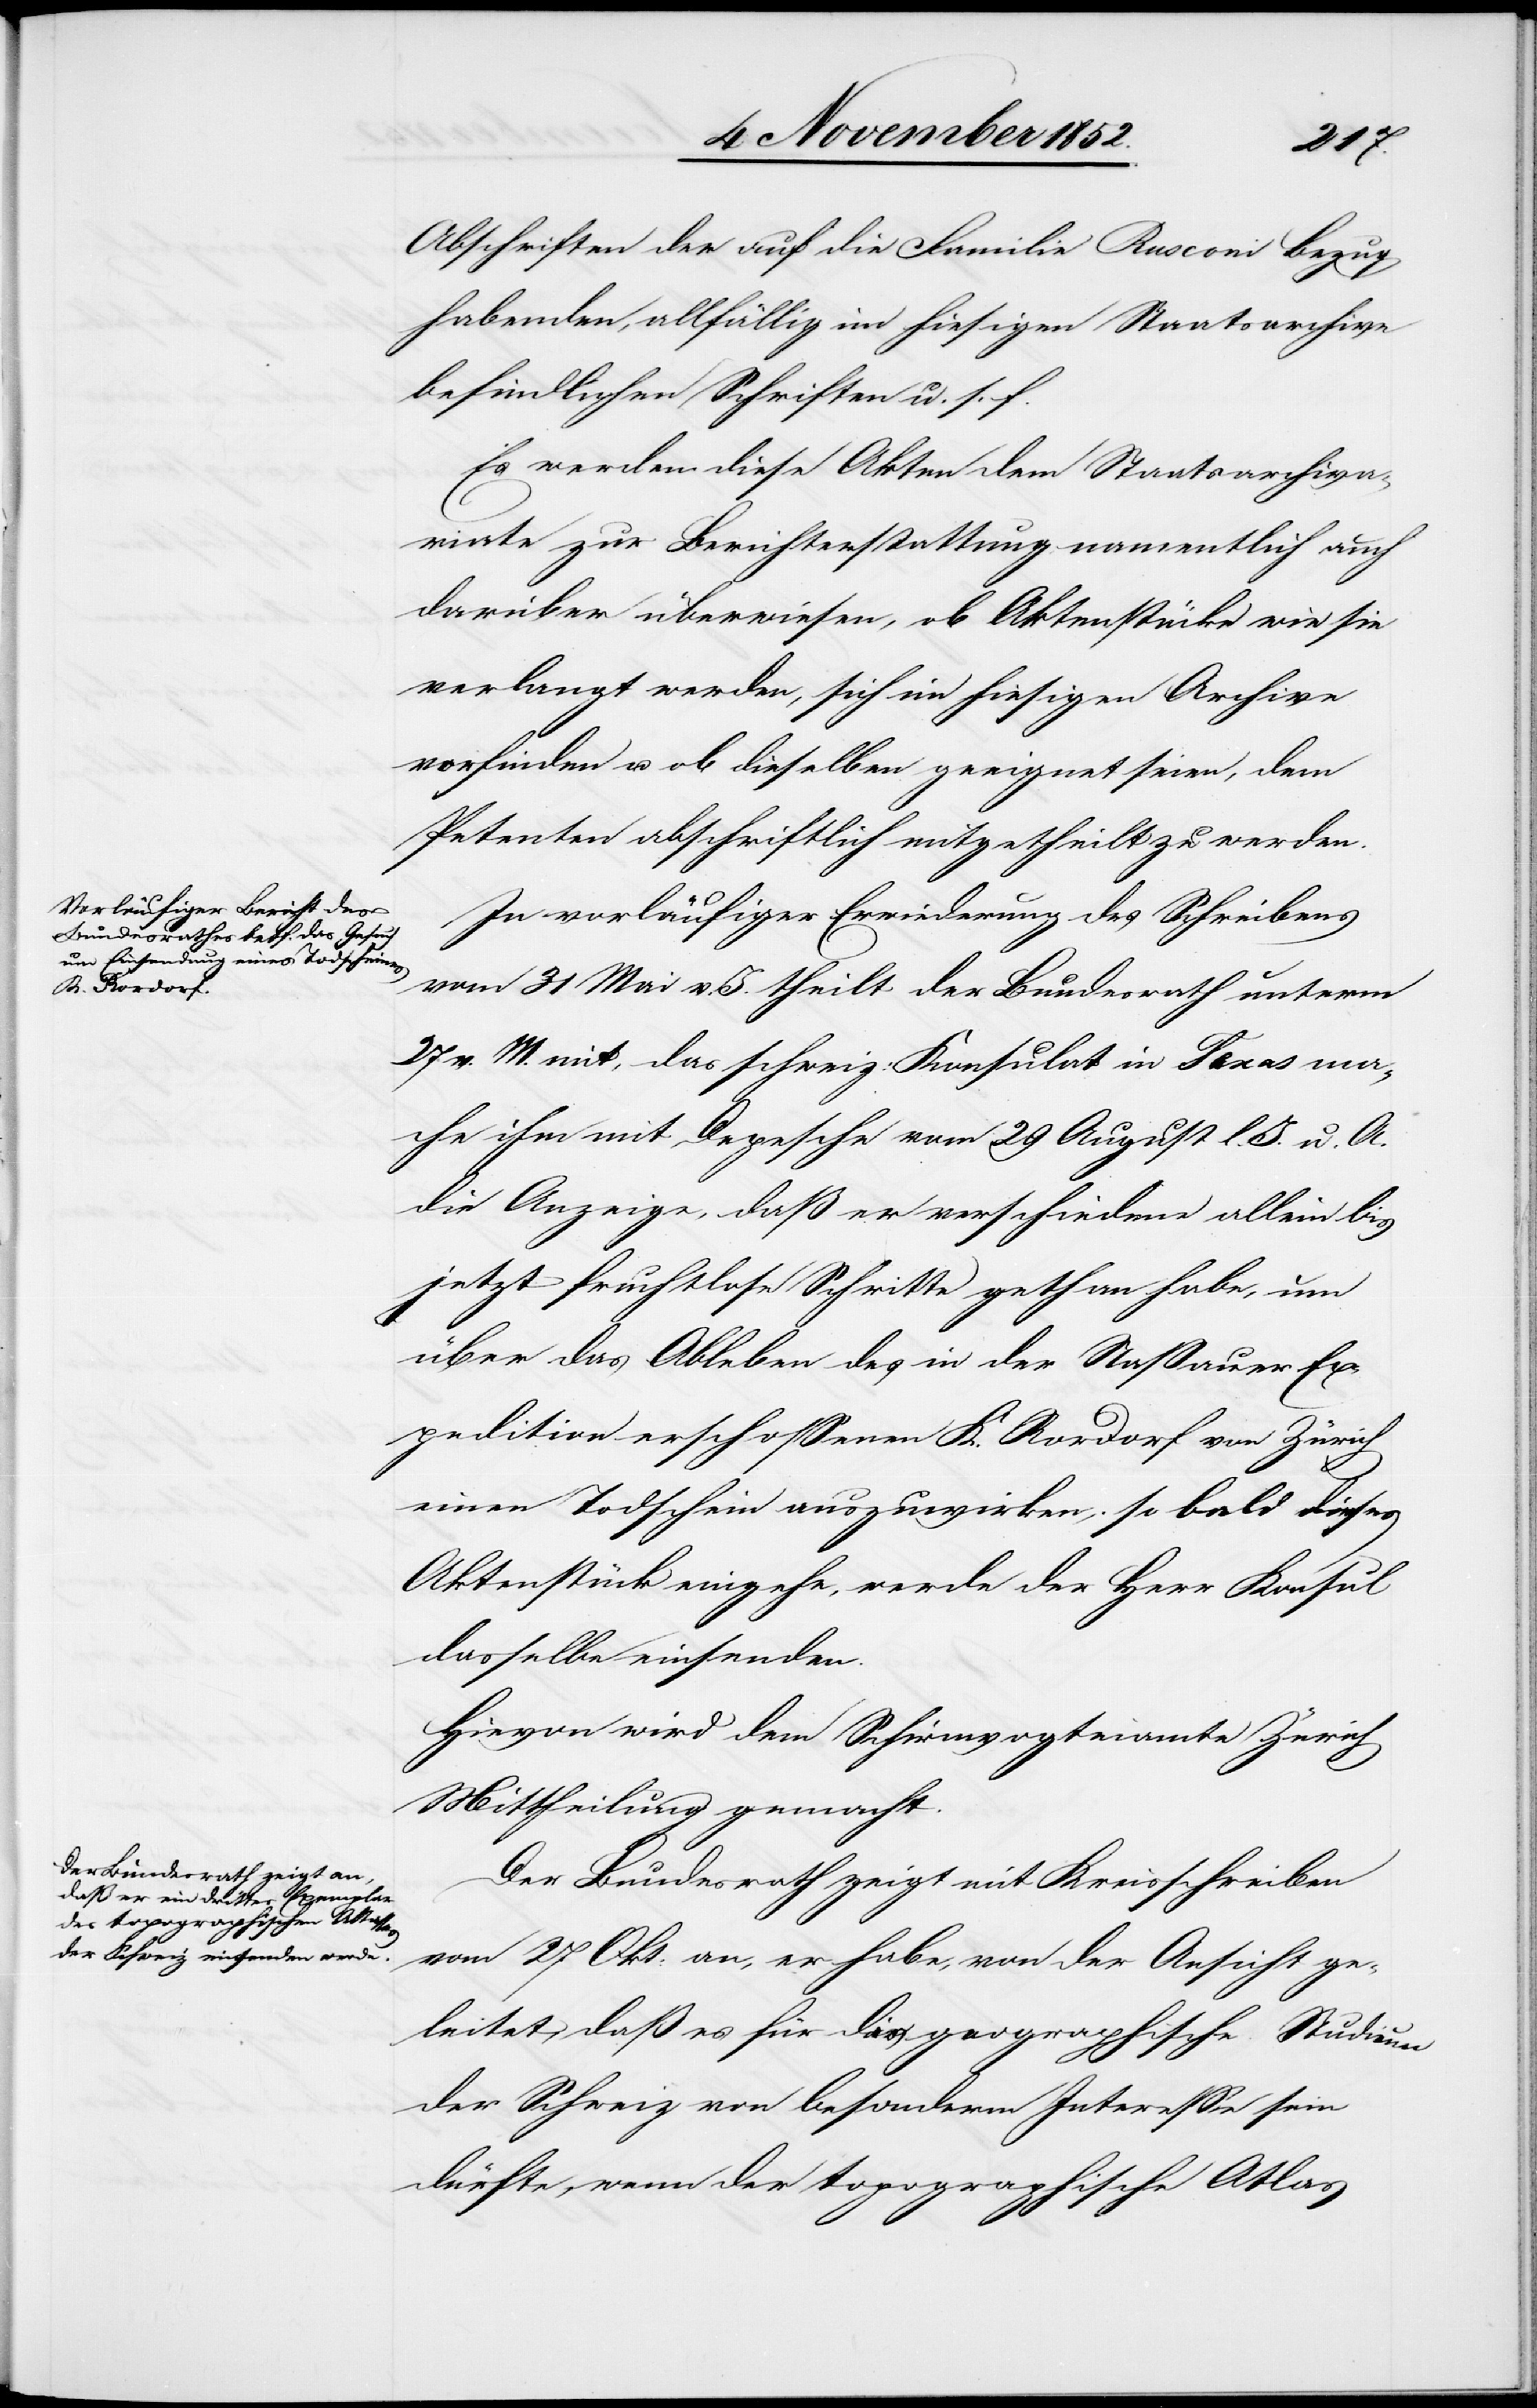
Abschriften der auf die Familie Rusconi Bezug
habenden, allfällig im hiesigen Staatsarchive
befindlichen Schriften u. s. f.
Es werden diese Akten dem Staatsarchiva¬
riate zur Berichterstattung namentlich auch
darüber überwiesen, ob Aktenstücke wie sie
verlangt werden, sich im hiesigen Archive
vorfinden u. ob dieselben geeignet seien, dem
Petenten abschriftlich mitgetheilt zu werden.
In vorläufiger Erwiederung des Schreibens
vom 31 Mai v. J. theilt der Bundesrath unterm
27 v. M. mit, das schweiz: Konsulat in Texas ma¬
che ihm mit Depesche vom 29 August l. J. u. A.
die Anzeige, daß er verschiedene allein bis
jetzt fruchtlose Schritte gethan habe, um
über das Ableben des in der Nassauer Ex¬
pedition erschossenen K. Rordorf von Zürich
einen Todschein auszuwirken; so bald dieses
Aktenstück eingehe, werde der Herr Konsul
dasselbe einsenden.
Hievon wird dem Schirmvogteiamte Zürich
Mittheilung gemacht.
Der Bundesrath zeigt mit Kreisschreiben
vom 27 Okt: an, er habe, von der Ansicht ge¬
leitet, daß es für das geographische Studium
der Schweiz von besonderm Interesse sein
dürfte, wenn der topographische Atlas